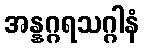
အန္နဂ္ဂရသဂ္ဂါနံ